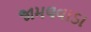
જામલવાડા